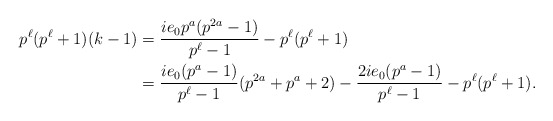
\begin{align*}p^\ell(p^\ell+1)(k-1) & =\frac{ie_0p^a(p^{2a}-1)}{p^{\ell}-1}-p^\ell (p^\ell+1)\\ & =\frac{ie_0(p^a-1)}{p^{\ell}-1}(p^{2a}+p^a+2)-\frac{2ie_0(p^a-1)}{p^{\ell}-1}-p^\ell(p^\ell+1).\end{align*}